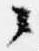
々